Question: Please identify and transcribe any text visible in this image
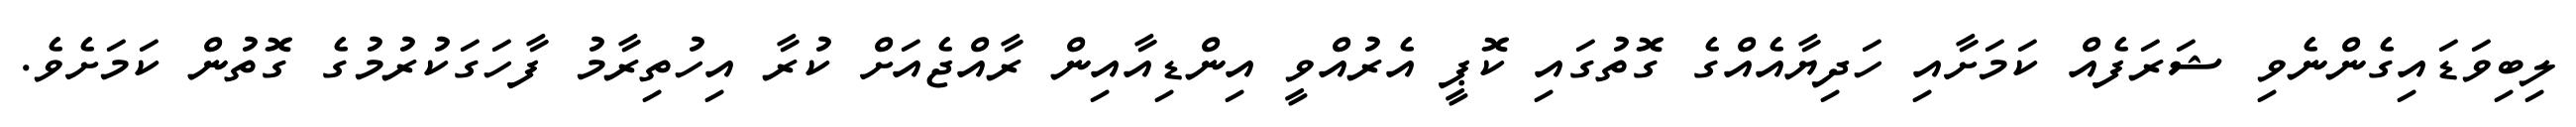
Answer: ލިބިވަޑައިގެންނެވި ޝަރަފެއް ކަމަށާއި ހަދިޔާއެއްގެ ގޮތުގައި ކޮޕީ އެރުއްވީ އިންޑިއާއިން ރާއްޖެއަށް ކުރާ އިހުތިރާމު ފާހަގަކުރުމުގެ ގޮތުން ކަމަށެވެ.